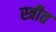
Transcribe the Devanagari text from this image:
स्त्रीत